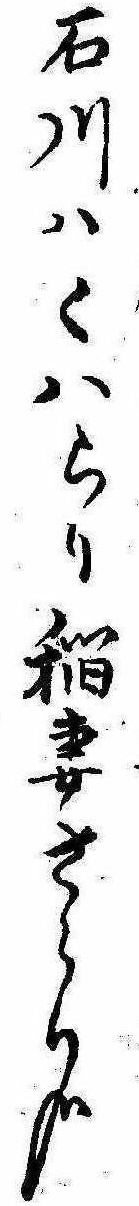
石川はくはらり稲妻さらり哉